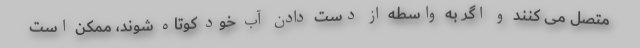
متصل می کنند و اگر به واسطه از دست دادن آب خود کوتاه شوند، ممکن است